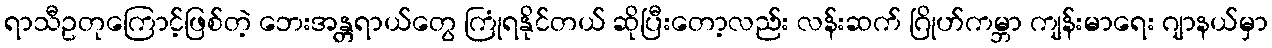
ရာသီဥတုကြောင့်ဖြစ်တဲ့ ဘေးအန္တရာယ်တွေ ကြုံရနိုင်တယ် ဆိုပြီးတော့လည်း လန်းဆက် ဂြိုဟ်ကမ္ဘာ ကျန်းမာရေး ဂျာနယ်မှာ